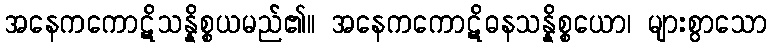
အနေကကောဋိသန္နိစ္စယမည်၏။ အနေကကောဋိဓနသန္နိစ္စယော၊ များစွာသော